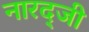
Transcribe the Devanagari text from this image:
नारद्जी